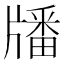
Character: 𤗹